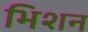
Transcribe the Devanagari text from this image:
भिशन